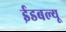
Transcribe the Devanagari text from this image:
ईडबल्यू